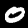
Digit: 0